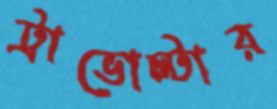
ট্রাভোল্টার